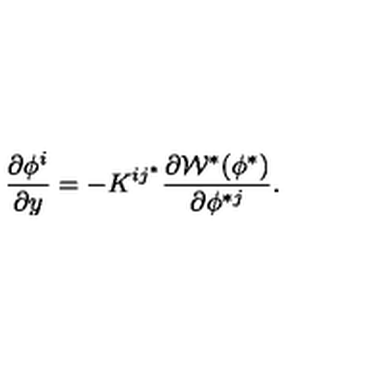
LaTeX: { \frac { \partial \phi ^ { i } } { \partial y } } = - K ^ { i j ^ { * } } \frac { \partial { \cal W } ^ { * } ( \phi ^ { * } ) } { \partial \phi ^ { * j } } .